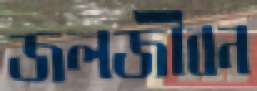
জলজীবন